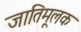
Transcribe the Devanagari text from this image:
जातिमूलक